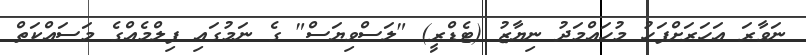
ނަވާރަ އަހަރަށްފަހު މުހައްމަދު ނިޔާޒު (ޓެޑްރީ) "ލަސްވިޔަސް" ގެ ނަމުގައި ފިލްމެއްގެ މަސައްކަތް